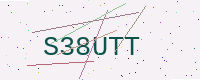
Text: S38UTT